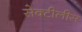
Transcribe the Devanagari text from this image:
सेक्टीलीस